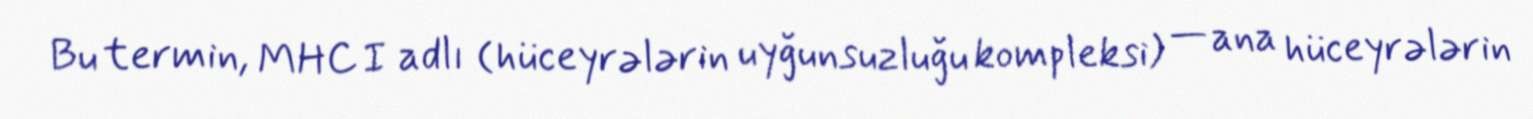
Bu termin, MHC I adlı (hüceyrələrin uyğunsuzluğu kompleksi) — ana hüceyrələrin